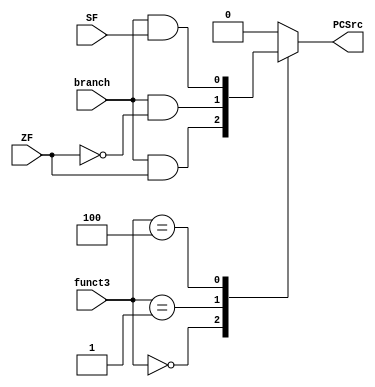

module pc_src(
	input ZF,
	input SF,
	input branch,
	input [2:0] funct3,
	output reg PCSrc
);

wire BEQ, BNQ, BLT;
    always @(*) begin
        case (funct3)
            3'b000:  PCSrc <= branch & ZF; 
            3'b001:  PCSrc <= branch & ~ZF; 
            3'b100:  PCSrc <= branch & SF; 
            default: PCSrc <= 1'b0;
        endcase
    end


    assign BEQ = branch & ZF; 
    assign BNQ = branch & ~ZF; 
    assign BLT = branch & SF; 



endmodule